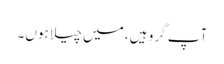
آپ گرو ہیں، میں چیلا ہوں۔